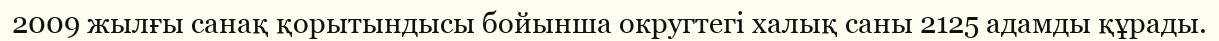
2009 жылғы санақ қорытындысы бойынша округтегі халық саны 2125 адамды құрады.